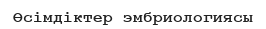
Өсімдіктер эмбриологиясы